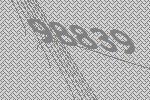
98839